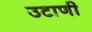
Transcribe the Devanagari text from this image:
उटाणी